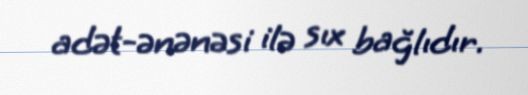
adət-ənənəsi ilə sıx bağlıdır.